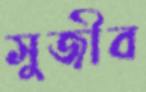
সুজীব